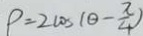
\rho = 2 \cos ( \theta - \frac { \pi } { 4 } )